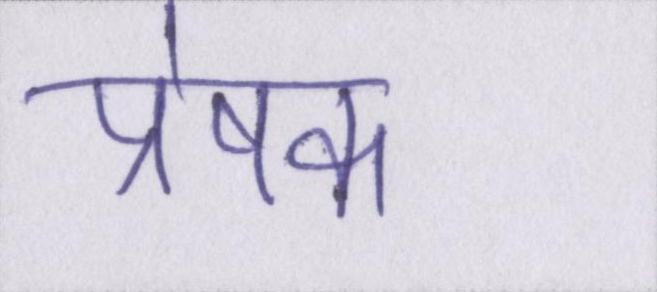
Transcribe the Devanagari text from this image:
प्रेषक